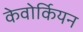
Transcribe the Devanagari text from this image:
केवोर्कियन